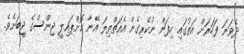
ދެވަނަ ފަހަރަށް އަތުގައި ހިފަން ނުކެރިގެން އެއަތްތިލަ އޭނާ ކޮށްޕައިލީ ޖިންސްގެ ޖީބަށެވެ.